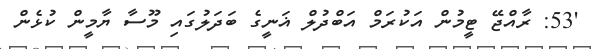
'53: ރާއްޖޭ ޓީމުން އަކުރަމް އަބްދުލް ޣަނީގެ ބަދަލުގައި މޫސާ ޔާމީން ކުޅެން